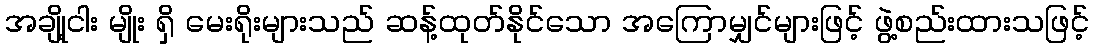
အချို့ငါး မျိုး ရှိ မေးရိုးများသည် ဆန့်ထုတ်နိုင်သော အကြောမျှင်များဖြင့် ဖွဲ့စည်းထားသဖြင့်